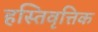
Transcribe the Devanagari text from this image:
हस्तिवृत्तिक